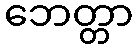
ဘေတ္တာ